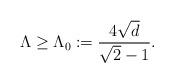
LaTeX: \begin{align*} \Lambda\ge \Lambda_0 := \frac{4 \sqrt{d}}{\sqrt{2}-1}. \end{align*}